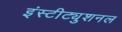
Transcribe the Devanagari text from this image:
इंस्टीट्युशनल